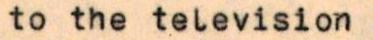
to the television